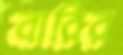
বারির